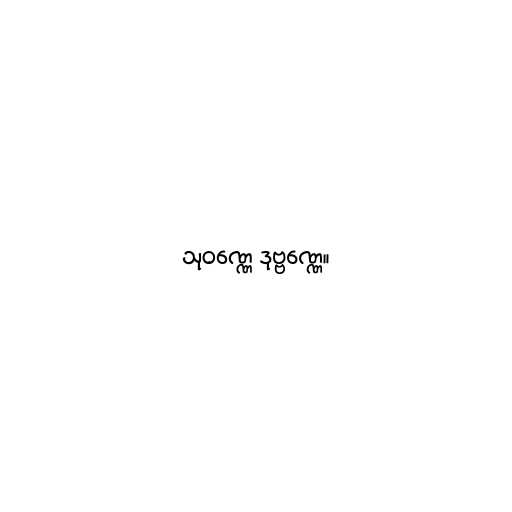
သုဝဏ္ဏေ ဒုဗ္ဗဏ္ဏေ။